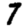
Digit: 7